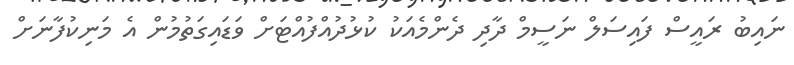
ނައިބު ރައީސް ފައިސަލް ނަސީމް ދާދި ދެންމެއަކު ކުޅުދުއްފުއްޓަށް ވަޑައިގަތުމުން އެ މަނިކުފާނަށް